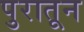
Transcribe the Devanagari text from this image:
पुरातून